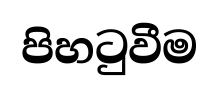
පිහටුවීම